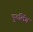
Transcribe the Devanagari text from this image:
पुरुलिंग